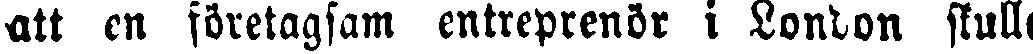
att en företagsam entreprenör i London skulle